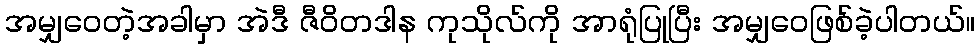
အမျှဝေတဲ့အခါမှာ အဲဒီ ဇီဝိတဒါန ကုသိုလ်ကို အာရုံပြုပြီး အမျှဝေဖြစ်ခဲ့ပါတယ်။